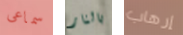
سماعى بالنار إرهاب